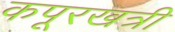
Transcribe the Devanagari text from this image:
कपूरखत्री